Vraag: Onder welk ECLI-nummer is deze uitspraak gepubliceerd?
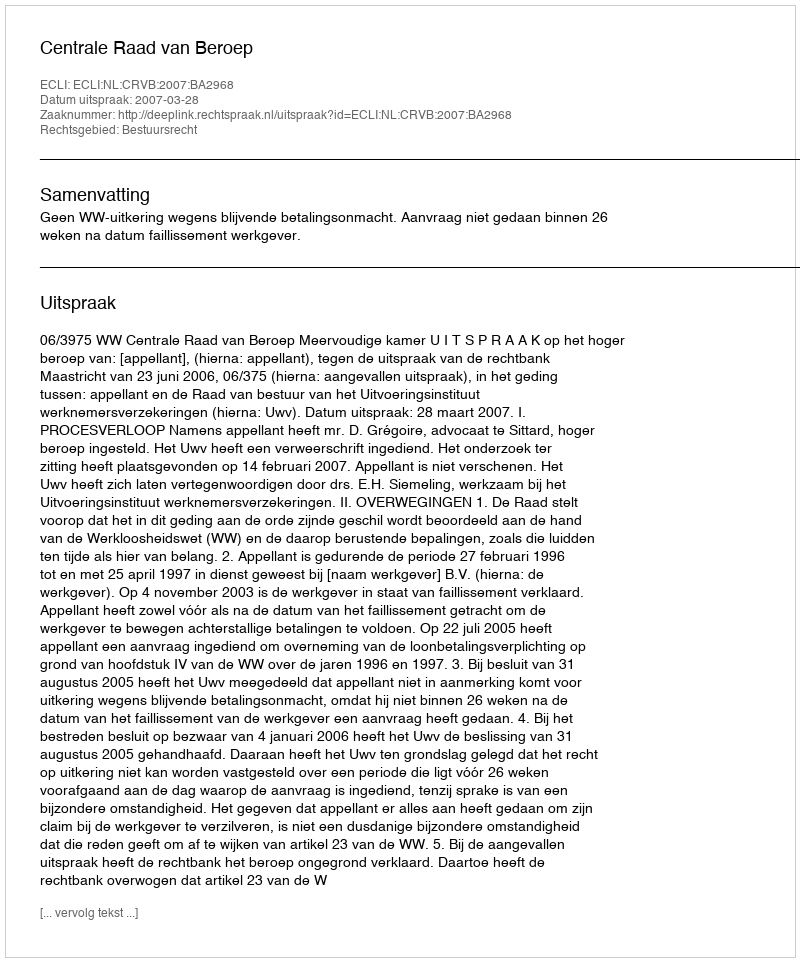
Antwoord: ECLI:NL:CRVB:2007:BA2968